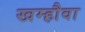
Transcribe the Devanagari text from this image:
खम्हौवा